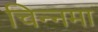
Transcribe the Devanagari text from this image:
चिन्नमा